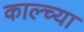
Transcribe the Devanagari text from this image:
काल्च्या